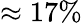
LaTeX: \approx 17\%